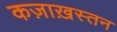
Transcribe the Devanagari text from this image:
कज़ाख़स्तन